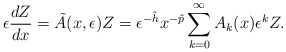
\begin{align*} \epsilon \frac{dZ}{dx} = \tilde{A}(x, \epsilon) Z= \epsilon^{- \tilde{h}} x^{- \tilde{p}} \sum_{k=0}^{\infty} A_k(x) {\epsilon}^k Z. \end{align*}